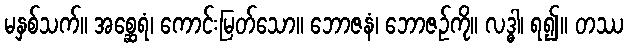
မနှစ်သက်။ အစ္ဆေရံ၊ ကောင်းမြတ်သော။ ဘောဇနံ၊ ဘောဇဉ်ကို။ လဒ္ဓါ၊ ရ၍။ တဿ